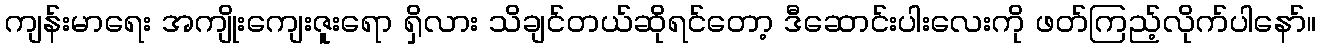
ကျန်းမာရေး အကျိုးကျေးဇူးရော ရှိလား သိချင်တယ်ဆိုရင်တော့ ဒီဆောင်းပါးလေးကို ဖတ်ကြည့်လိုက်ပါနော်။